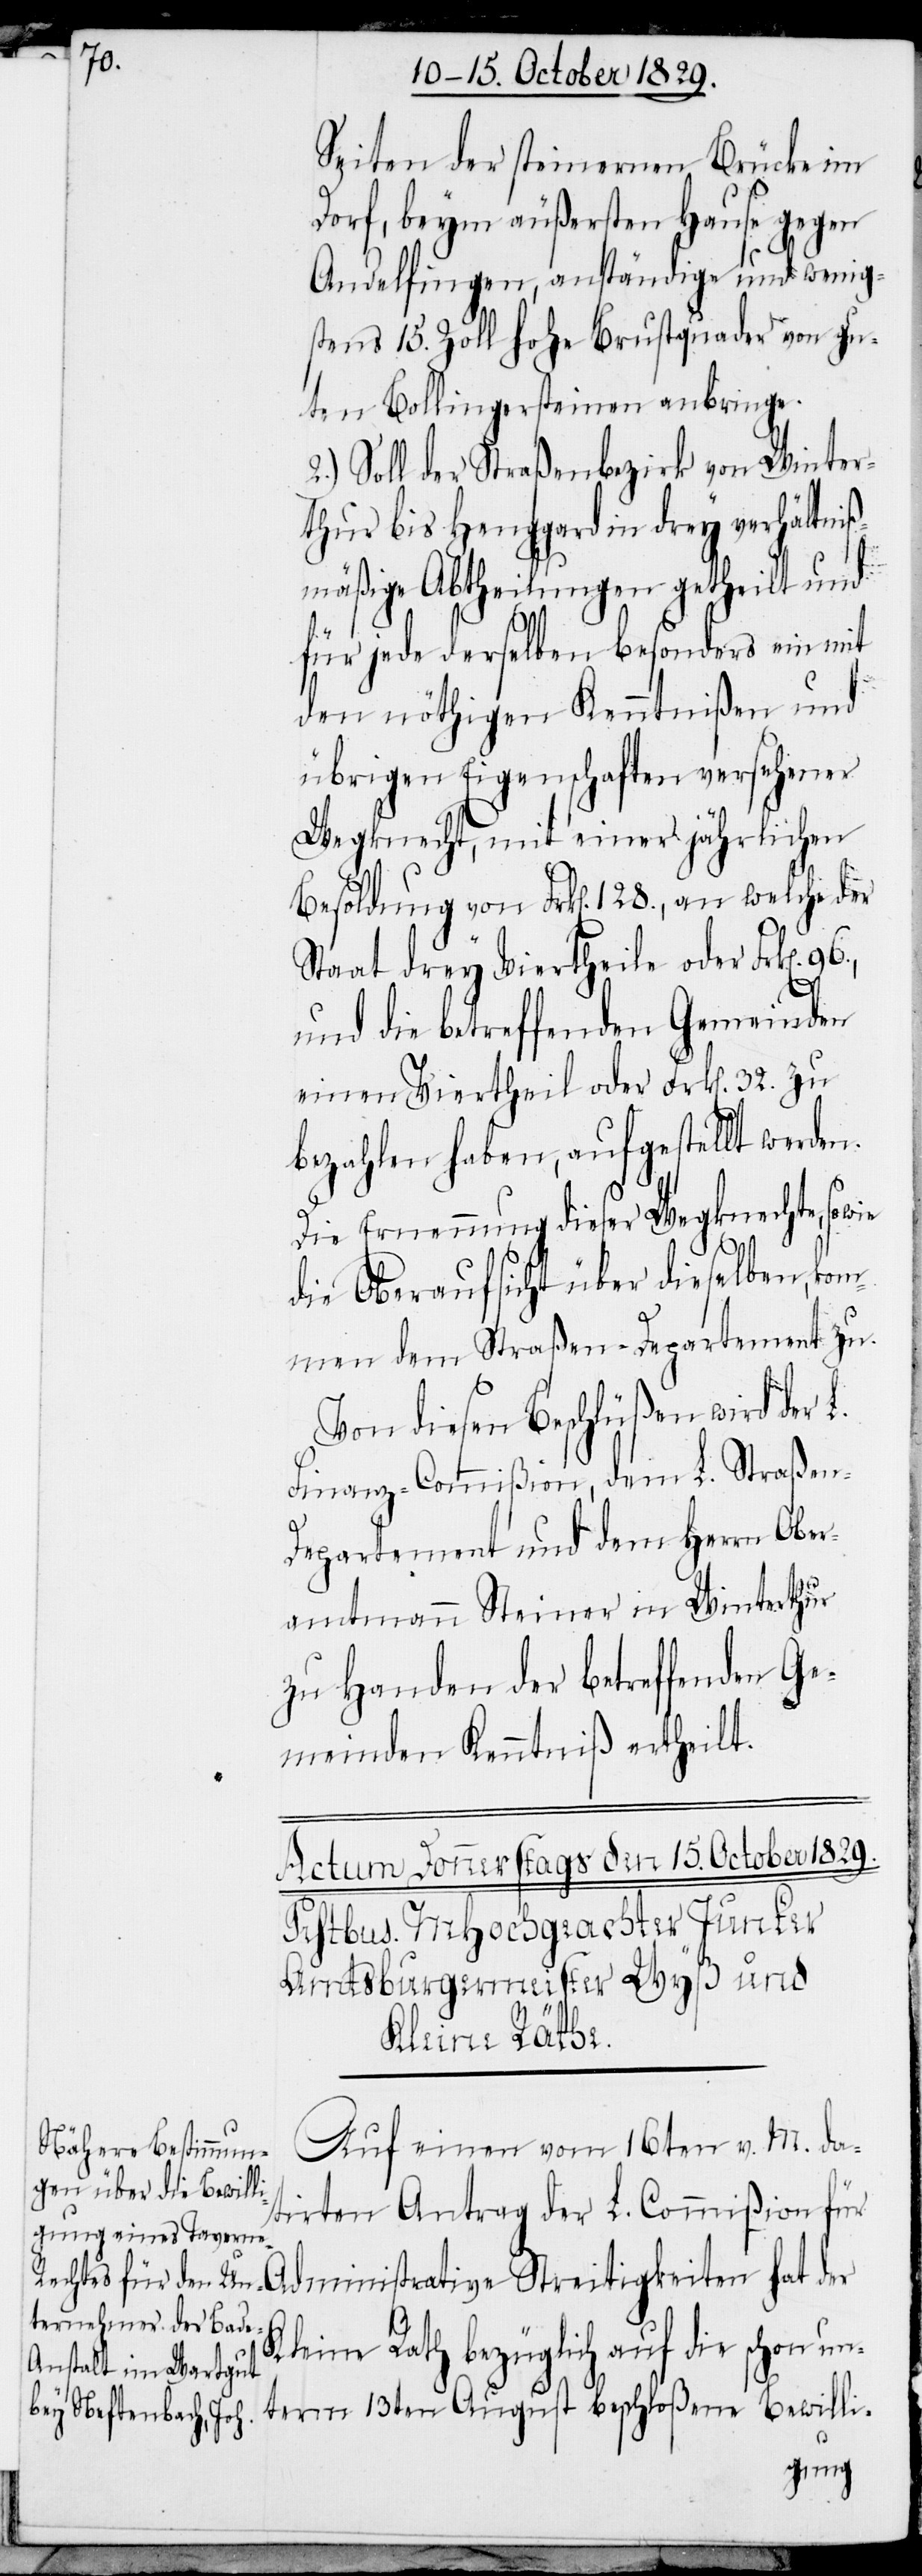
Seiten der steinernen Brücke im
Dorf, beym äußersten Hause gegen
Andelfingen, anständige und wenig¬
stens 15. Zoll hohe Brustquader von gu¬
ten Bollingersteinen anbringe.
2.) Soll der Straßenbezirk von Winter¬
thur bis Henggard in drey verhältniß¬
mäßige Abtheilungen getheilt und
für jede derselben besonders ein mit
den nöthigen Kenntnißen und
übrigen Eigenschaften versehener
Wegknecht, mit einer jährlichen
Besoldung von Frk[en]. 128., an welche der
Staat drey Vierhteile oder Frk[en].
und die betreffenden Gemeinden
einen Viertheil oder Frk[en]. 32. zu
bezahlen haben, aufgestellt werden.
Die Ernennung dieser Wegknechte, so
die Oberaufsicht über dieselben, kom¬
men dem Straßen-Departement zu.
Von diesen Beschlüßen wird der
Finanz-Commißion, dem L. Straßen-D¬
epartement und dem Herrn Ober¬
amtmann Steiner in Winterthur
zu Handen der betreffenden Ge¬
meinden Kenntniß ertheilt.
Auf einen vom 16ten v. M. da¬
tirten Antrag der L. Commißion für
Kleine Rath bezüglich auf die schon un¬
term 13ten August beschloßene Bewilli-